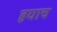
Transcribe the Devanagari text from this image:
हयाच